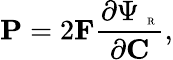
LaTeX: \mathbf{P}=2\mathbf{F}\frac{\partial\Psi_{\mathrm{~\tiny~R~}}}{\partial\mathbf{C}},